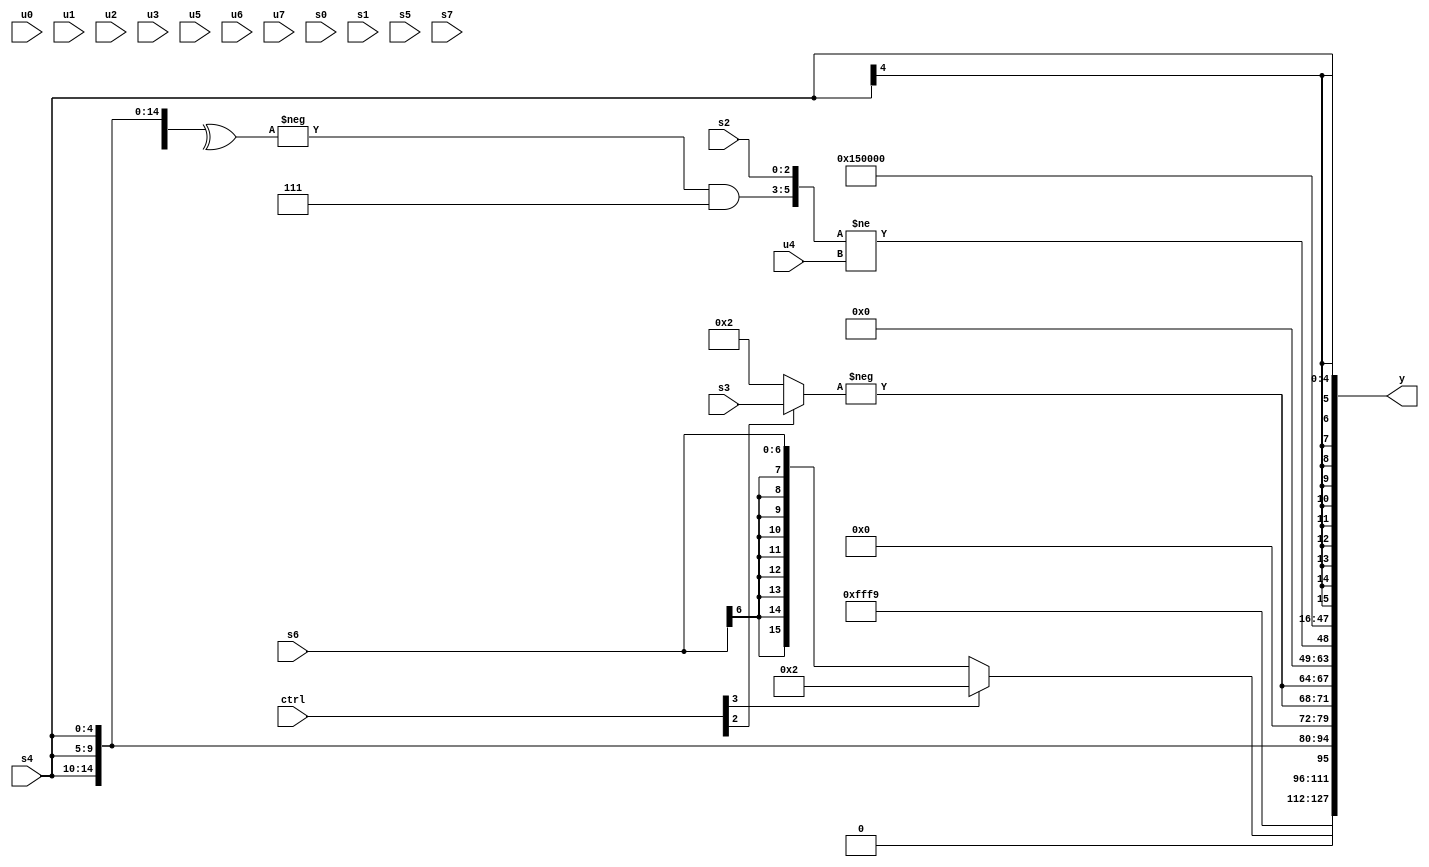
module wideexpr_00520(ctrl, u0, u1, u2, u3, u4, u5, u6, u7, s0, s1, s2, s3, s4, s5, s6, s7, y);
  input [7:0] ctrl;
  input [0:0] u0;
  input [1:0] u1;
  input [2:0] u2;
  input [3:0] u3;
  input [4:0] u4;
  input [5:0] u5;
  input [6:0] u6;
  input [7:0] u7;
  input signed [0:0] s0;
  input signed [1:0] s1;
  input signed [2:0] s2;
  input signed [3:0] s3;
  input signed [4:0] s4;
  input signed [5:0] s5;
  input signed [6:0] s6;
  input signed [7:0] s7;
  output [127:0] y;
  wire [15:0] y0;
  wire [15:0] y1;
  wire [15:0] y2;
  wire [15:0] y3;
  wire [15:0] y4;
  wire [15:0] y5;
  wire [15:0] y6;
  wire [15:0] y7;
  assign y = {y0,y1,y2,y3,y4,y5,y6,y7};
  assign y0 = 4'sb1001;
  assign y1 = (ctrl[3]?(4'sb0111)-(5'sb00101):s6);
  assign y2 = {3{s4}};
  assign y3 = $unsigned({2{-($signed((ctrl[2]?s3:4'sb0010)))}});
  assign y4 = +(({(-(^($signed({4{s4}}))))&($signed(((ctrl[2]?(1'sb0)&(2'sb00):3'sb000))^(1'sb1))),s2})!=(u4));
  assign y5 = 6'sb010101;
  assign y6 = 1'sb0;
  assign y7 = s4;
endmodule